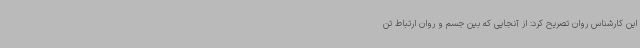
این کارشناس روان تصریح کرد: از آنجایی که بین جسم و روان ارتباط تن